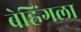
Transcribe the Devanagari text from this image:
बेह्रिंगला